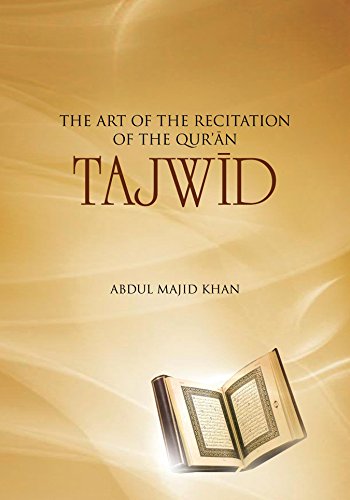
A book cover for Tajwid: The Art of the Recitation of the Quran; Abdul Majid Khan; Religion & Spirituality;